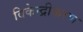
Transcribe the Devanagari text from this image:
विकेन्‍द्रीकरण